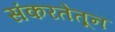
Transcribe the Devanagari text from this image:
संकरतेतून